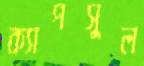
ক্যাপসুল